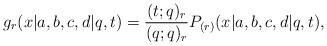
LaTeX: \begin{align*}g_r(x|a,b,c,d|q,t)={(t;q)_r\over (q;q)_r} P_{(r)}(x|a,b,c,d|q,t),\end{align*}